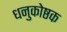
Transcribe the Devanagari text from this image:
धनुकोष्ठक